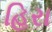
હિરા